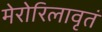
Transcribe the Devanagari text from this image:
मेरोरिलावृतं